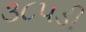
૩૮૫ડી